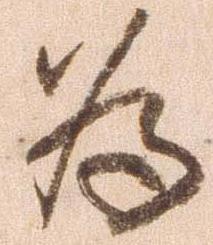
為